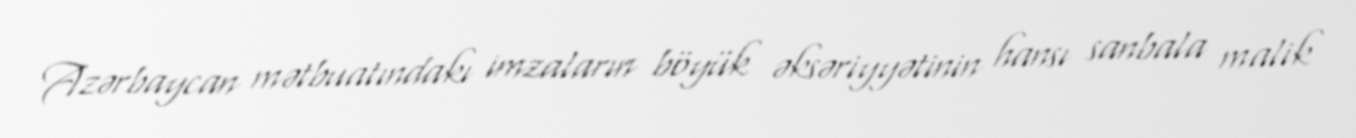
Azərbaycan mətbuatındakı imzaların böyük əksəriyyətinin hansı sanbala malik